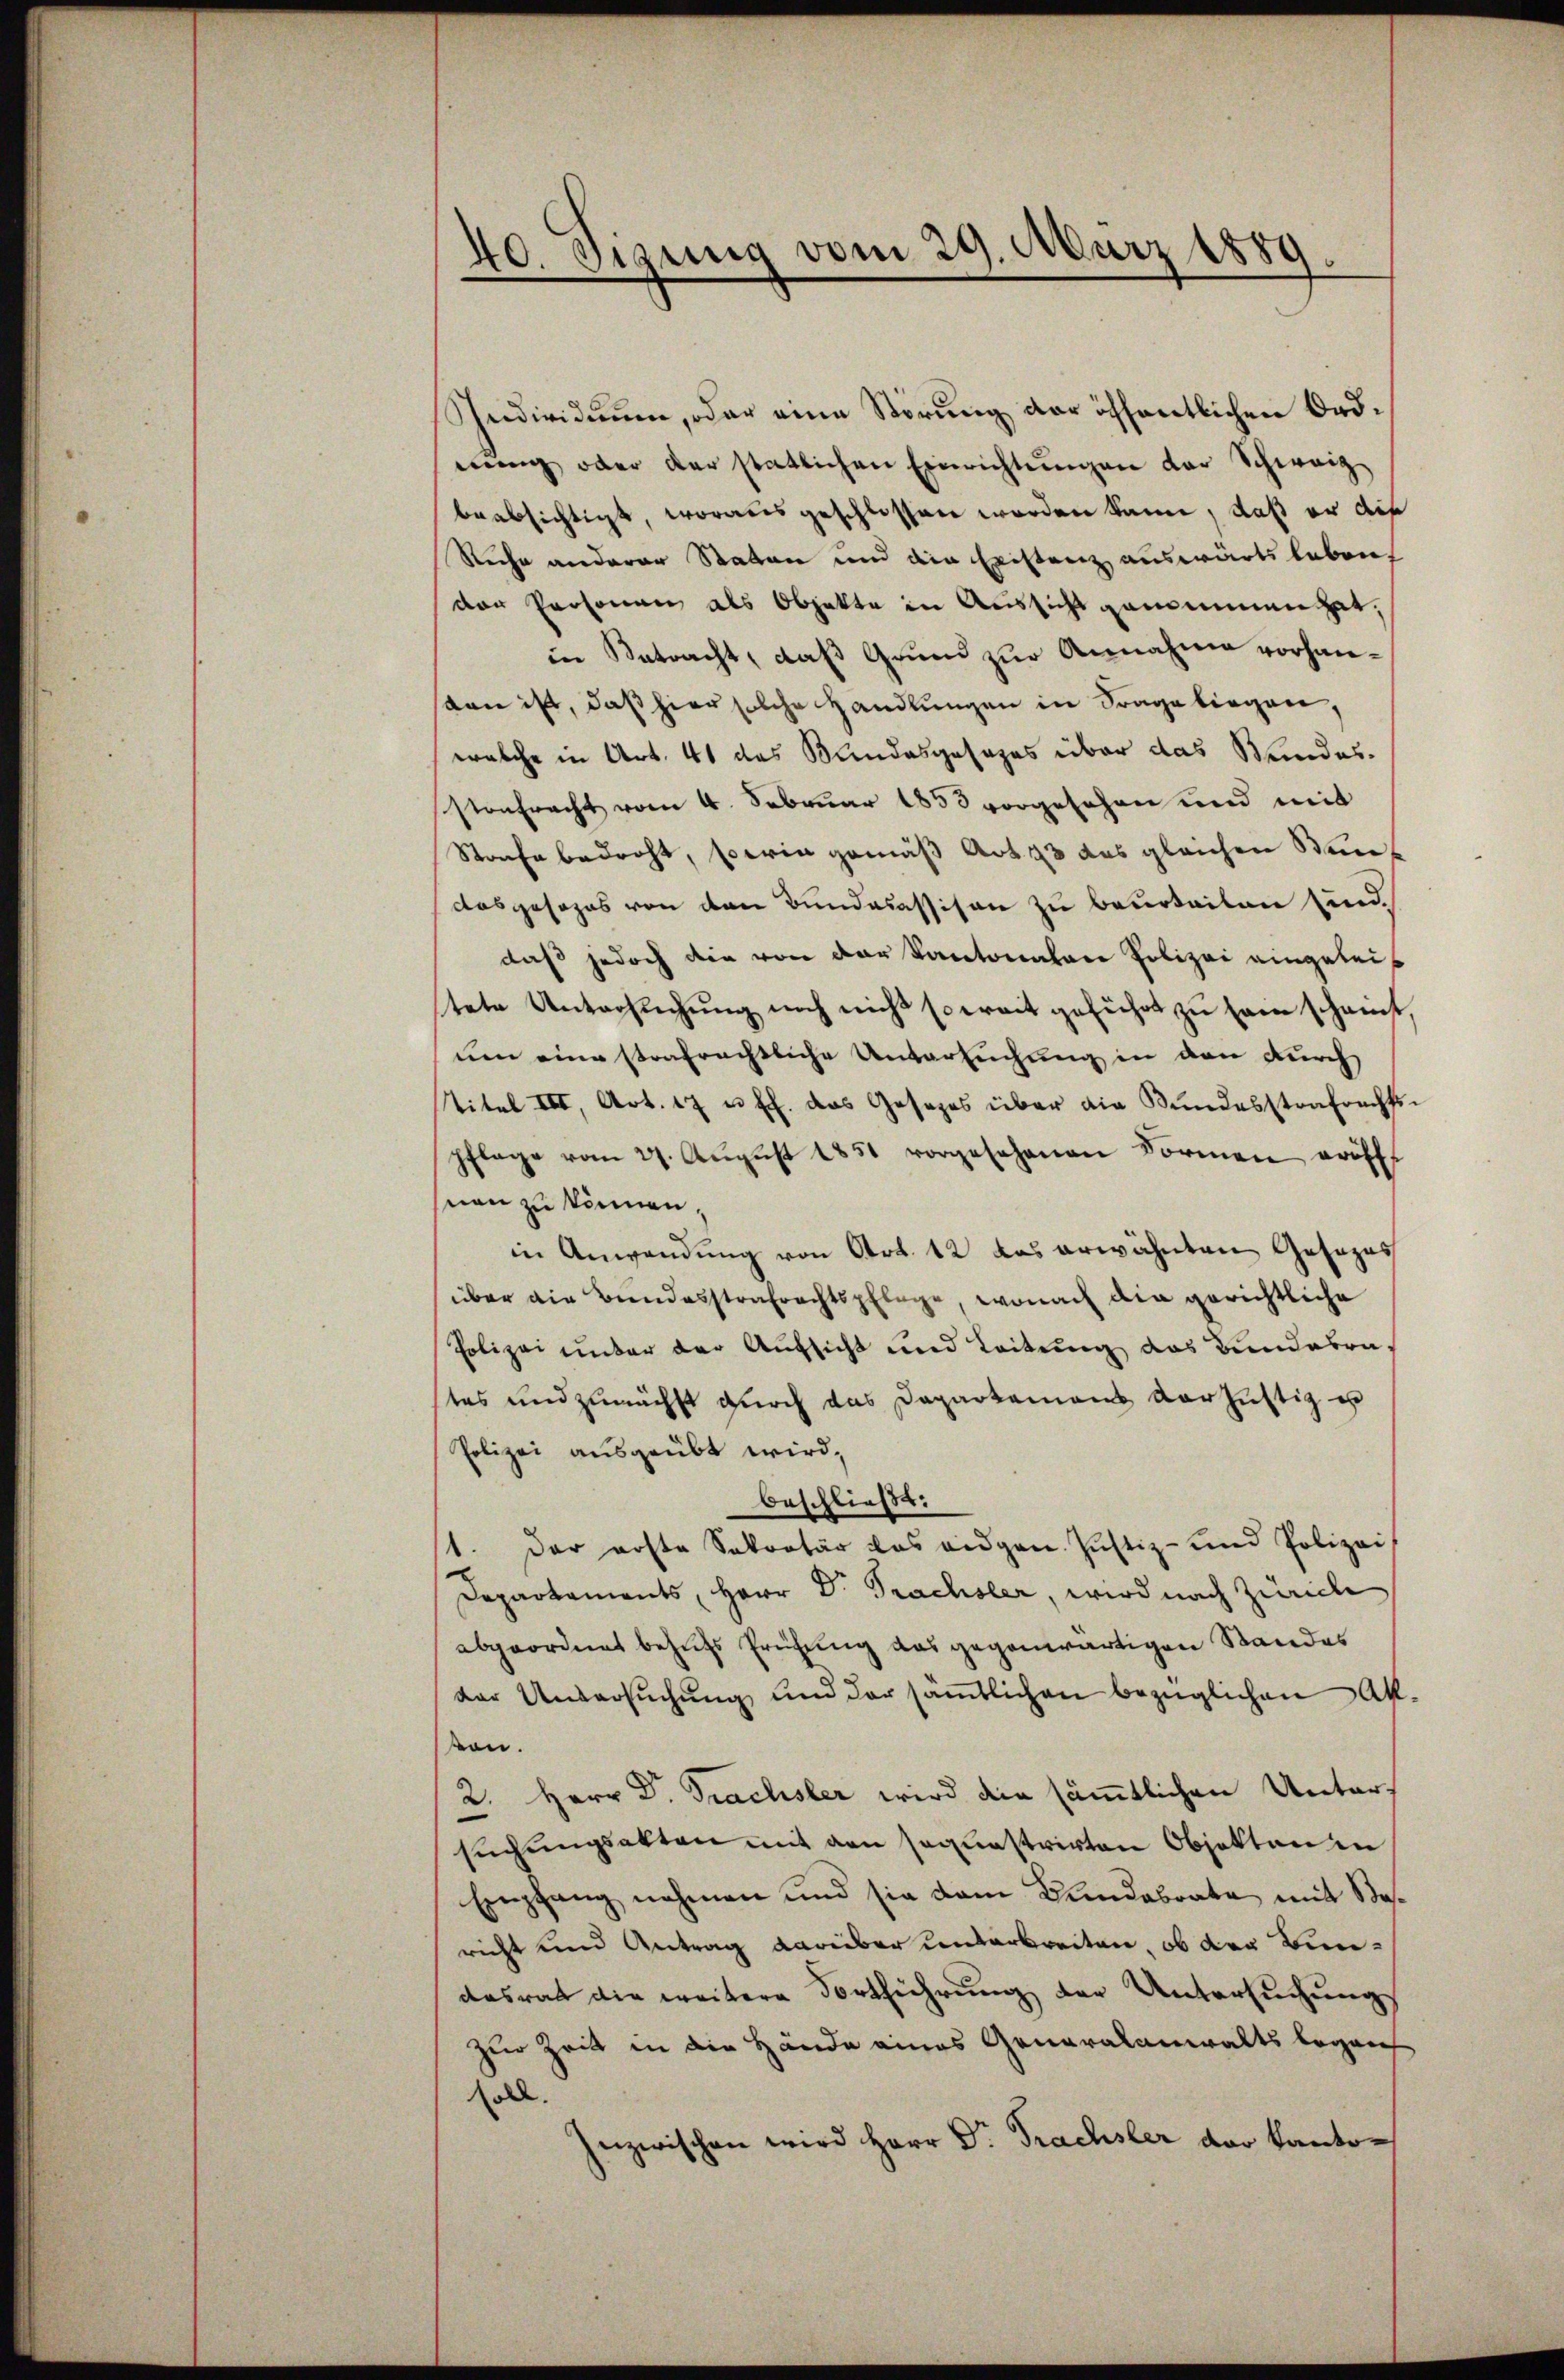
40. Sizung vom 29. März 1889.

Individuum, oder eine Störung der öffentlichen Ordnung oder der statlichen Einrichtungen der Schweiz
beabsichtigt, worausgeschlossen worden kann, daß er auf
Ruche anderer Statten und die Existenz auswärts leben,
der Personen als Objekte in Aussicht genommen hat,
in Betracht, daß Grund zur Annahme vorhansan ist, daß hier solche Handlungen in Frage liegen,
welche in Art. 41 das Bundesgesages über das Kindes¬
Pontracht vom 4. Februar 1853 vorgesehen und mit
Strafe bedroht, sowie gemäß Art. 43 das gleichen Sendosgesezes von den Bundecassison zu beurteilen sind.
daß jedoch die von der Kantonalen Polizei eingeleis
tete Untersuchung noch nicht soweit geführt zu sam scheinst
um eine strafrechtliche Untersuchung in den durch
titel III, Art. 17 u. ff. das Gesezes über die Bŭndesstrafrechts-
pflage vom 27. Aŭgŭst 1851 vorgesehenen Formen eröff
snen zu können.
in Anwendung von Art. 12 das erwähnten Gesezes
über die Bundesstrafrechtspflege, wonach die gerichtliche
Polizei unter der Aufsicht und Leitung das Bundesrates und zunächst durch das Departemens vorzustig u
Polizei ausgeübt wird,
beschließt:
1. Der erste Sekretär das eidgen. Justiz- und Polizei
Departements, Herr Dr. Prachsler, wird nach Zürich
abgeordnet behufs Prüfung das gegenwärtigen Standes
der Untersŭchŭng und der sämtlichen bezüglichen Ak-
von.
2. Herr Dr. Trachsler wird die sämmtlichen Untersŭchŭngsakten mit den sequestrirten Objekten in
Empfang nehmen und sie dem Landabrate mit Stesricht und Antrag darüber unterbreiten, ob der Bundasrat die weitere Fortführung der Untersuchungs
zur Zeit in die Hände eines Generalanwalts began
soll.
Inzwischen wird Herr Dr. Frachsler der Kanto¬